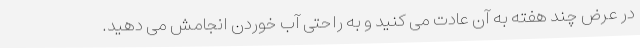
در عرض چند هفته به آن عادت می کنید و به راحتی آب خوردن انجامش می دهید.